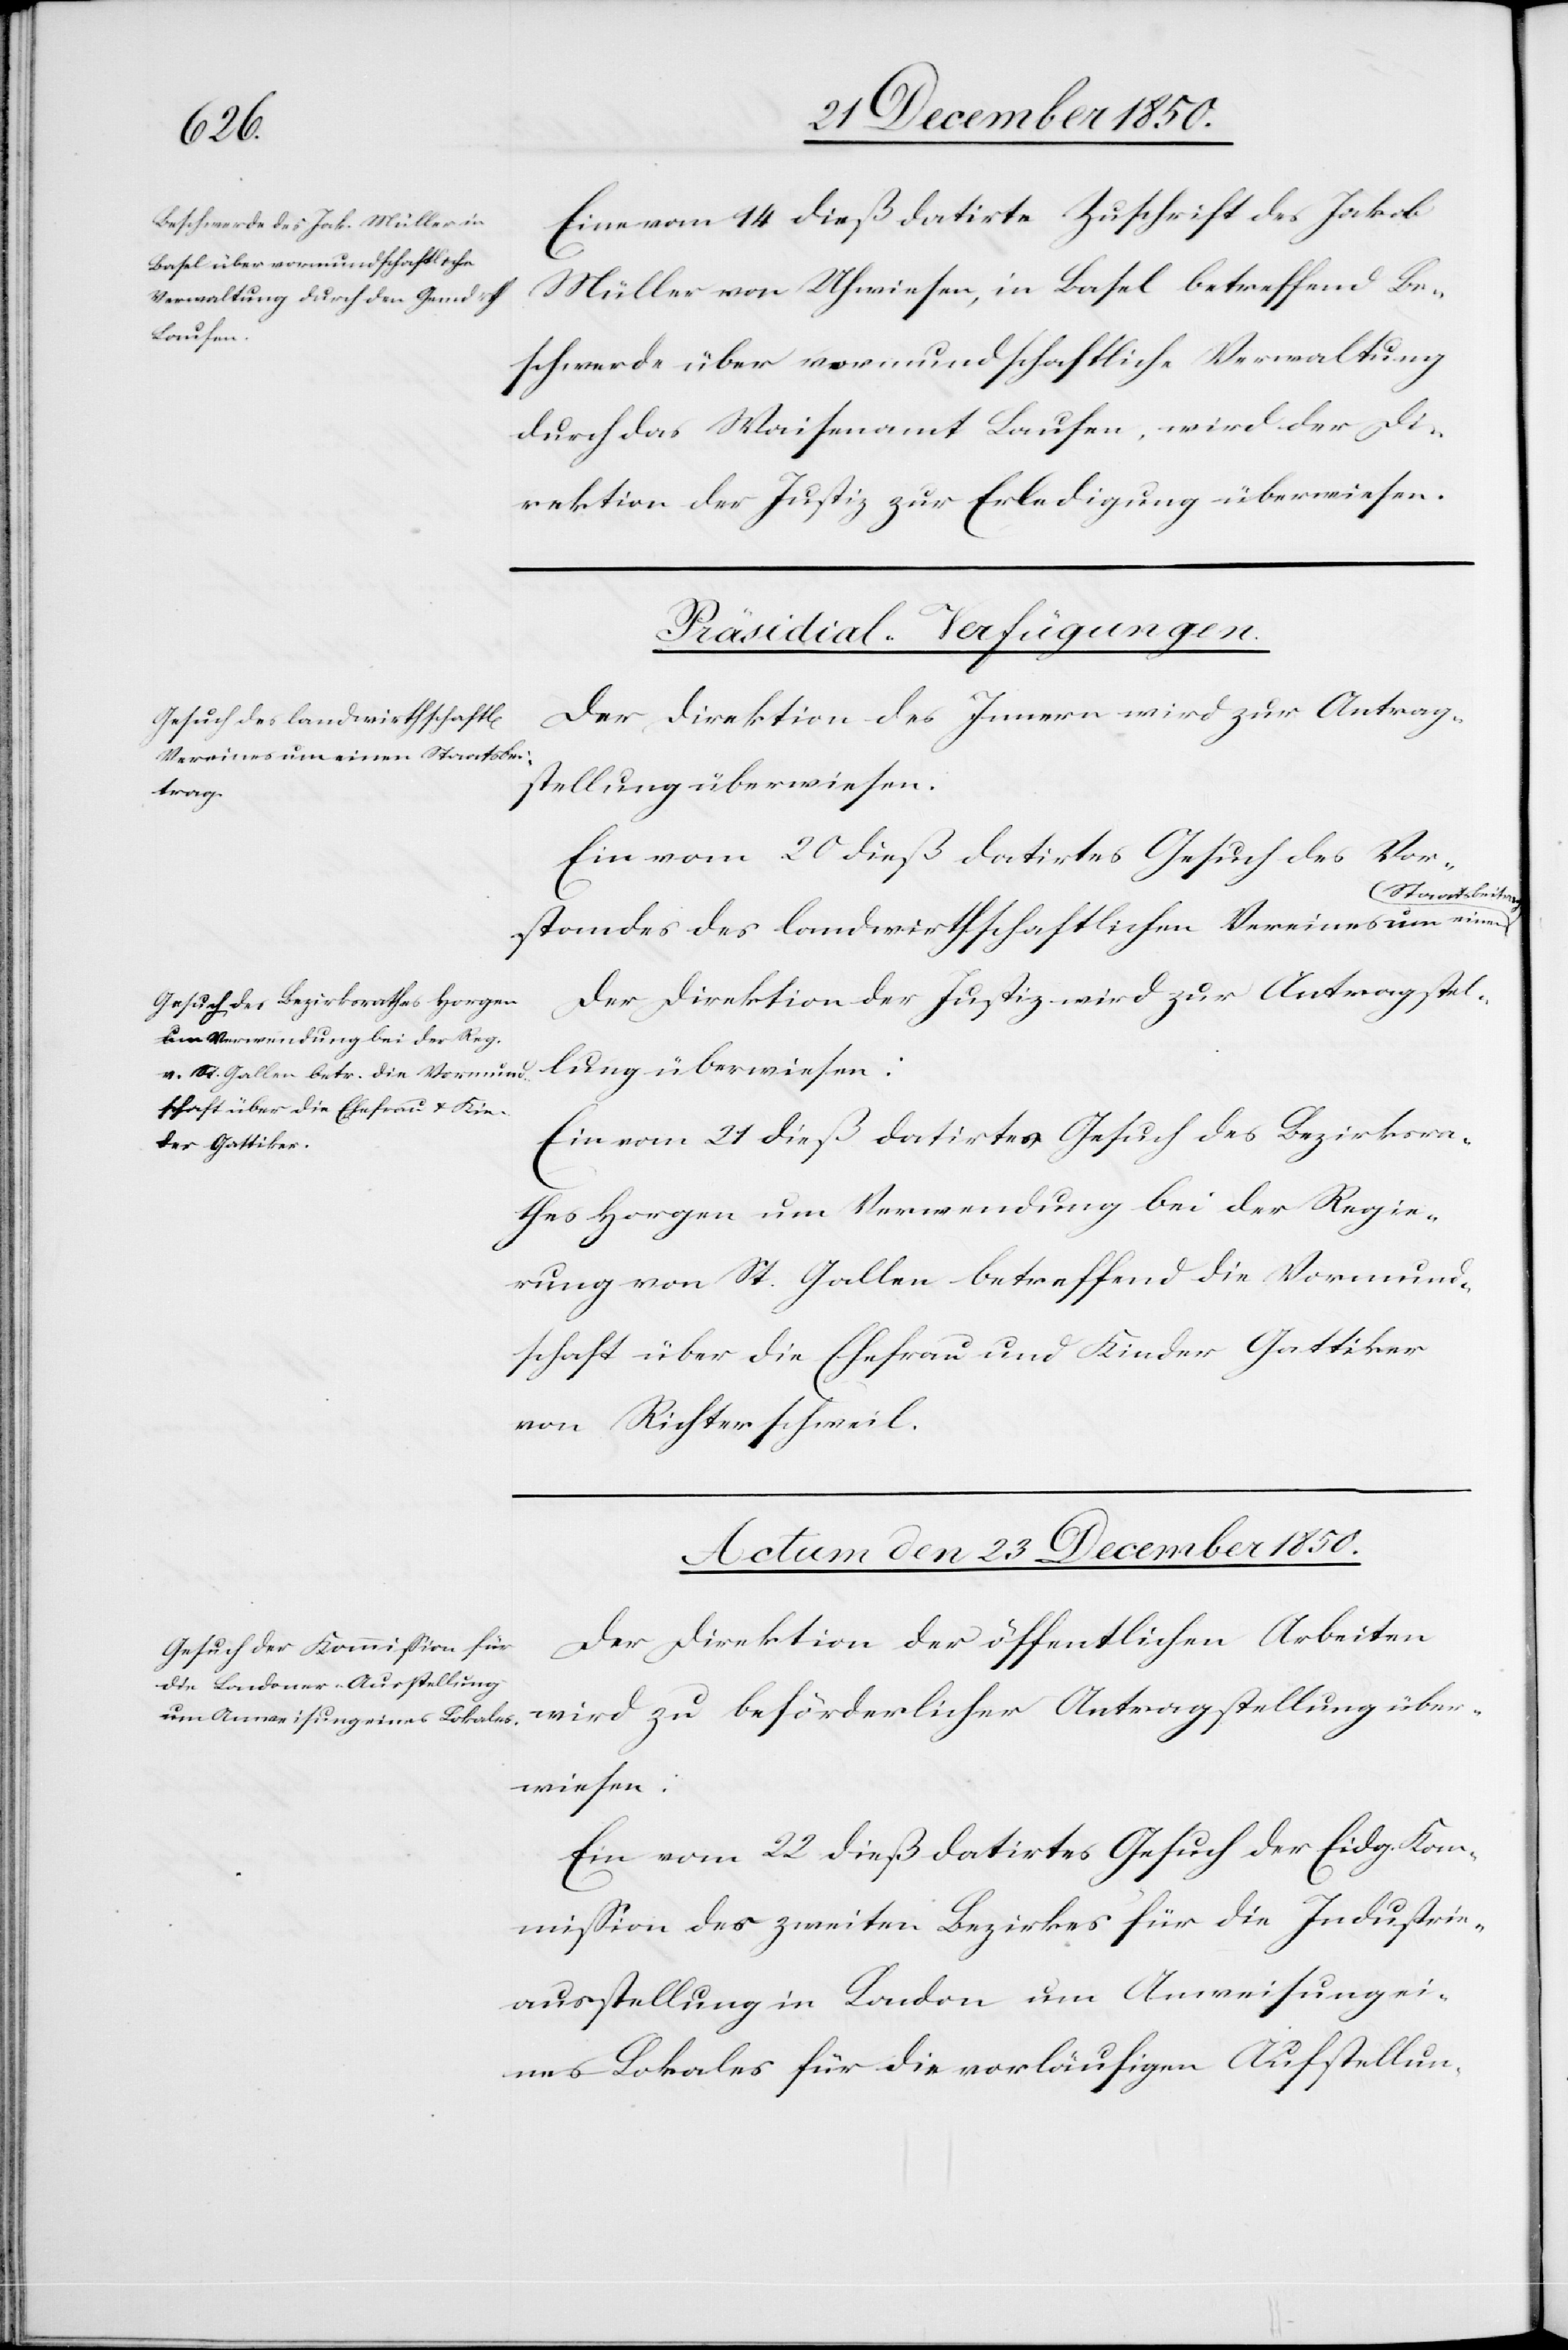
Eine vom 14 dieß datirte Zuschrift des Jakob
Müller von Uhwiesen, in Basel betreffend Be¬
schwerde über vormundschaftliche Verwaltung
durch das Waisenamt Laufen, wird der Di¬
rektion der Justiz zur Erledigung überwiesen.
[Präsidial-Verfügungen.]
Der Direktion des Innern wird zur Antrag¬
stellung überwiesen:
Ein vom 20 dieß datirtes Gesuch des Vor¬
Staatsbeitrag.
standes des landwirthschaftlichen Vereines um einen
Der Direktion der Justiz wird zur Antragstel¬
lung überwiesen:
Ein vom 21 dieß datirtes Gesuch des Bezirksra¬
thes Horgen um Verwendung bei der Regie¬
rung von St. Gallen betreffend die Vormund¬
schaft über die Ehefrau und Kinder Gattiker
von Richterschweil.
Actum den 23 December 1850.
Der Direktion der öffentlichen Arbeiten
wird zu beförderlicher Antragstellung über¬
wiesen:
Ein vom 22 dieß datirtes Gesuch der Eidg. Kom¬
mission des zweiten Bezirkes für die Industrie¬
ausstellung in London um Anweisung ei¬
nes Lokales für die vorläufigen Aufstellun-